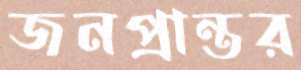
জনপ্রান্তর